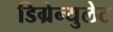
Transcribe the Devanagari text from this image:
डिग्रेन्युलेट